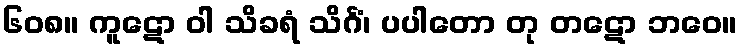
၆၀၈။ ကူဋော ဝါ သိခရံ သိင်္ဂံ၊ ပပါတော တု တဋော ဘဝေ။